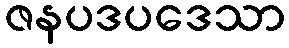
ဇနပဒပဒေသာ